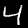
Label: 4